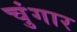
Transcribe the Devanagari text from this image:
चुंगार